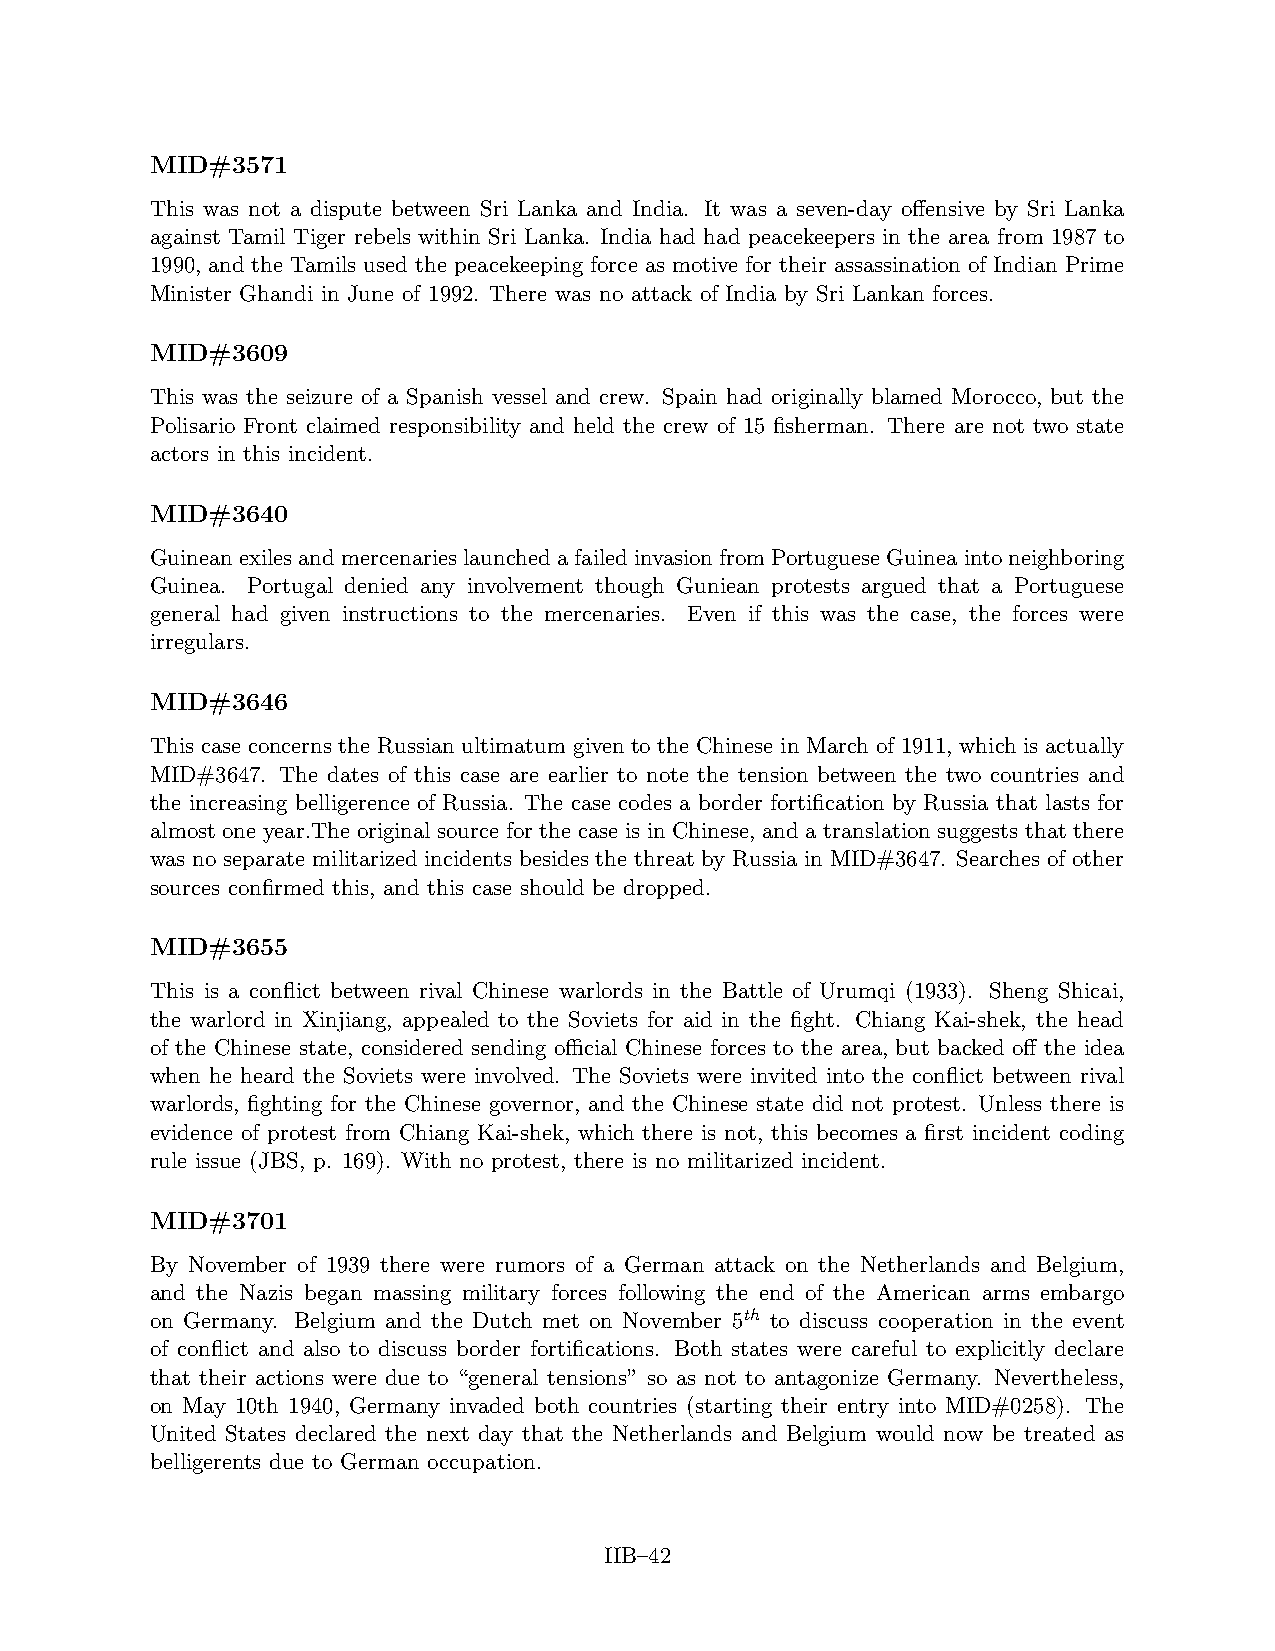
MID#3571
 This was not a dispute between Sri Lanka and India. It was a seven-day offensive by Sri Lanka
 against Tamil Tiger rebels within Sri Lanka. India had had peacekeepers in the area from 1987 to
 1990, and the Tamils used the peacekeeping force as motive for their assassination of Indian Prime
 Minister Ghandi in June of 1992. There was no attack of India by Sri Lankan forces.
 MID#3609
 This was the seizure of a Spanish vessel and crew. Spain had originally blamed Morocco, but the
 Polisario Front claimed responsibility and held the crew of 15 fisherman. There are not two state
 actors in this incident.
 MID#3640
 GuineanexilesandmercenarieslaunchedafailedinvasionfromPortugueseGuineaintoneighboring
 Guinea. Portugal denied any involvement though Guniean protests argued that a Portuguese
 general had given instructions to the mercenaries. Even if this was the case, the forces were
 irregulars.
 MID#3646
 This case concerns the Russian ultimatum given to the Chinese in March of 1911, which is actually
 MID#3647. The dates of this case are earlier to note the tension between the two countries and
 the increasing belligerence of Russia. The case codes a border fortification by Russia that lasts for
 almost one year.The original source for the case is in Chinese, and a translation suggests that there
 was no separate militarized incidents besides the threat by Russia in MID#3647. Searches of other
 sources confirmed this, and this case should be dropped.
 MID#3655
 This is a conflict between rival Chinese warlords in the Battle of Urumqi (1933). Sheng Shicai,
 the warlord in Xinjiang, appealed to the Soviets for aid in the fight. Chiang Kai-shek, the head
 of the Chinese state, considered sending official Chinese forces to the area, but backed off the idea
 when he heard the Soviets were involved. The Soviets were invited into the conflict between rival
 warlords, fighting for the Chinese governor, and the Chinese state did not protest. Unless there is
 evidence of protest from Chiang Kai-shek, which there is not, this becomes a first incident coding
 rule issue (JBS, p. 169). With no protest, there is no militarized incident.
 MID#3701
 By November of 1939 there were rumors of a German attack on the Netherlands and Belgium,
 and the Nazis began massing military forces following the end of the American arms embargo
 on Germany. Belgium and the Dutch met on November 5th to discuss cooperation in the event
 of conflict and also to discuss border fortifications. Both states were careful to explicitly declare
 that their actions were due to “general tensions” so as not to antagonize Germany. Nevertheless,
 on May 10th 1940, Germany invaded both countries (starting their entry into MID#0258). The
 United States declared the next day that the Netherlands and Belgium would now be treated as
 belligerents due to German occupation.
 IIB–42